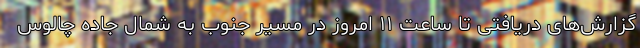
گزارش‌های دریافتی تا ساعت ۱۱ امروز در مسیر جنوب به شمال جاده چالوس